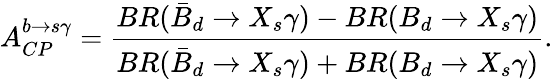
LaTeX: A_{CP}^{b\rightarrow s\gamma}={\frac{BR(\bar{B}_{d}\rightarrow X_{s}\gamma)-BR(B_{d}\rightarrow X_{s}\gamma)}{BR(\bar{B}_{d}\rightarrow X_{s}\gamma)+BR(B_{d}\rightarrow X_{s}\gamma)}}.